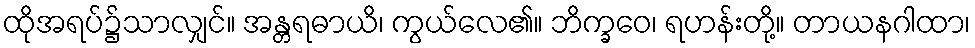
ထိုအရပ်၌သာလျှင်။ အန္တရဓာယိ၊ ကွယ်လေ၏။ ဘိက္ခဝေ၊ ရဟန်းတို့။ တာယနဂါထာ၊